Annual statistical returns and brief notes on vaccination in Bengal - 1887-1898
Year: 1887
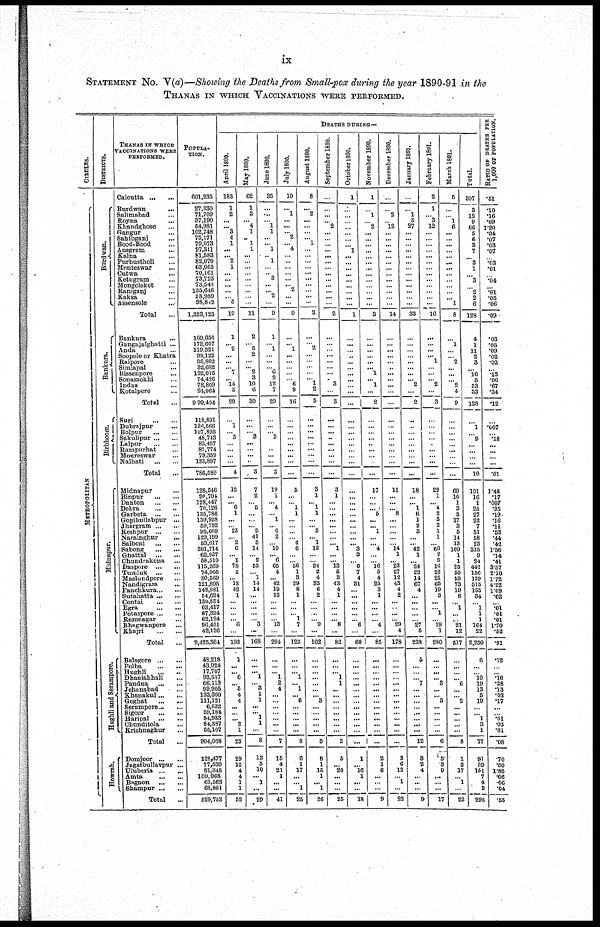
ix
STATEMENT No. V(a)—Showing the Deaths from Small-pox during the year 1890-91 in the
THANAS IN WHICH VACCINATIONS WERE PERFORMED.
CIRCLES.
METROPOLITAN
DISTRICTS.
Burdwan.
Bankura.
Birbhoom.
Midnapur.
Hughli and Serampore.
Howrah.
THANAS IN WHICH
VACCINATIONS WERE
PERFORMED.
Calcutta ... ...
Burdwan
...
Salimabad ...
Royna ...
Khandghose ...
Gangur ...
Sahibganj ...
Bood-Bood ...
Ausgram
...
Kalna ...
Purbustholi ...
Monteswar ...
Cutwa
...
Ketugram ...
Mongolekot ...
Raniganj ...
Kaksa ...
Assensole ...
Total ...
Bankura ...
Gangajalghatti ...
Anda ...
Soopole or Khatra
Raipore ...
Simlapal ...
Bissenpore
...
Sonamokhi ...
Indas ...
Kotalpore ...
Total ...
Suri
...
...
Dubrajpur ...
Bolpur
...
...
Sakulipur ... ...
Lalpur
...
...
Rampurhat ...
Moureswar ...
Nalhati
...
...
Total ...
Midnapur ...
Binpur
...
...
Danton
...
...
Debra
...
...
Garbeta
...
...
Gopibullabpur ...
Jhargram ... ...
Keshpur ... ...
Narainghur
...
Salboni ... ...
Sabong
...
...
Ghattal
...
...
Chundrakona ...
Daspore
...
...
Tumluk
...
...
Maslundpore ...
Nandigram ...
Panchkura ... ...
Sutahatta ... ...
Contai
...
...
Egra
...
...
Potaspore ... ...
Ramnagar ...
Bhagwanpore ...
Khajri
...
...
Total ...
Balngore ... ...
Polba
...
...
Hughli
...
...
Dhaniakhali ...
Pandua
...
...
Jehanabad ...
Khanakul ... ...
Goghat
...
...
Serampore ... ...
Sigoor
...
...
Haripal
...
...
Chunditola ...
Krishnaghur ...
Total
...
Domjoor ... ...
Jagatbullavpur ...
Uiuberia ... ...
Amta
...
...
Bagnon
...
...
Shampur ... ...
Total
...
POPULA¬
TION.
601,235
27,830
71,709
97,190
54,981
102,748
75,171
79,073
97,311
81,583
82,070
63,063
70,161
73,723
73,043
134,646
38,989
98,842
1,323,123
109,656
172,607
119,321
99,122
96,802
32,682
122,015
74,426
78,809
94,964
9 99,404
118,891
126,666
107,893
48,743
83,457
87,774
79,359
133,897
786,580
128,546
90,704
128,447
70,126
136,786
139,928
59,782
95,609
129,199
53,617
201,714
62,967
58,510
115,269
74,005
80,569
121,895
142,081
54,624
130,554
63,417
87,324
62,124
96,451
42,126
2,425,364
48,218
43,924
17,707
93,537
66,113
99,905
133,300
111,121
6,032
59,184
84,933
84,387
55,107
904,068
128,477
77,539
81,345
109,968
63,563
68,861
529,763
DEATHS DURING—
April 1890.
183
1
2
...
... 3
4
1
...
... 2
1
...
...
...
...
... 5
19
1
... 2
...
...
... 7
... 14
5
29
...
1
... 3
...
...
...
...
4
12
...
... 6
1
...
... 23
... 2
6
... 1
78
2
... 13
42
1
...
...
...
... 6
...
193
1
...
... 6
... 5
4
4
...
...
... 2
1
23
29
18
4
4
1
1
52
May 1890.
62
1
3
... 4
1
... 1
1
...
...
...
...
...
...
...
...
...
11
2
... 5
2
...
... 2
8
10
6
80
...
...
... 3
...
...
...
...
3
7
2
... 5
...
...
... 9
41
3
14
... 2
53
... 1
14
14
...
...
...
...
... 8
...
168
...
...
... 1
... 3
1
1
...
... 1
1
...
8
13
5
10
... 1
...
29
June 1890.
35
...
...
... 1
1
...
... 1
... 1
...
... 3
...
... 2
...
9
1
... 1
...
...
... 6
2
12
7
29
...
...
... 3
...
...
...
...
3
19
1
... 4
... 1
... 6
2
... 10
... 6
65
4
... 42
19
12
...
...
...
... 13
...
204
...
...
... 1
2
4
...
...
...
...
...
...
...
7
15
4
21
1
...
...
41
July 1890.
10
...
1
...
...
... 2
... 4
...
...
...
...
...
...
...
...
...
9
...
... 1
...
...
...
...
... 6
9
16
...
...
...
...
...
...
...
...
...
6
...
... 1
1
...
...
...
... 4
6
...
... 56
1
3
29
8
1
...
...
... 1
7
...
123
...
...
... 1
... 1
... 6
...
...
...
...
...
8
6
1
17
...
... 1
25
August 1890.
8
...
2
...
...
...
... 1
...
...
...
...
...
...
...
...
...
...
3
...
...
...
...
...
...
...
... 1
...
5
...
...
...
...
...
...
...
...
...
3
1
... 1
1
...
... 3
... 1
12
...
... 24
2
4
33
6
2
...
...
...
... 9
...
102
...
...
...
...
...
... ... 3
...
...
...
...
...
3
8
1
15
1
... 1
26
September 1890.
...
...
...
... 2
...
...
...
...
...
...
...
...
...
...
...
...
...
2
...
...
...
...
...
...
...
... 3
...
3
...
...
...
...
...
...
...
...
...
3
1
...
...
...
...
...
...
...
... 1
...
... 13
5
3
43
4
1
...
...
...
... 8
...
82
...
...
... 1
1
...
...
...
...
...
...
...
...
2
5
... 20
...
...
...
25
October 1890.
1
...
...
...
...
...
...
... 1
...
...
...
...
...
...
...
...
...
1
...
...
...
...
...
...
...
...
...
...
...
...
...
...
...
...
...
...
...
...
...
...
...
...
...
...
...
...
...
... 3
3
... 6
7
4
31
...
...
...
...
...
... 6
...
60
...
...
...
...
...
...
...
...
...
...
...
...
...
...
1
... 16
1
...
...
18
November 1890.
1
...
1
... 2
...
...
...
...
...
...
...
...
...
...
...
...
...
3
...
...
...
...
...
... 1
... 1
...
2
...
...
...
...
...
...
...
...
...
17
...
...
... 5
...
... 1
...
... 4
...
... 16
5
4
25
3
1
...
... ...
... 4
...
85
...
...
...
...
... ...
...
...
...
...
...
...
...
...
2
1
6
...
...
...
9
December 1890.
...
...
2
... 12
...
...
...
...
...
...
...
...
...
...
...
...
...
14
...
... ...
...
...
...
...
...
...
...
...
...
...
...
...
...
...
...
...
...
11
...
...
... 8
...
...
...
...
... 14
1
... 23
27
12
43
4
2
...
... ...
... 29
4
178
...
...
...
... ...
...
... ...
...
...
...
...
...
...
3
6
12
... 1
...
22
January 1891.
...
...
1
5
27
...
...
...
...
...
...
...
...
...
...
...
...
...
33
...
...
...
...
...
...
...
... 2
...
2
...
...
...
...
...
...
...
...
...
18
...
...
1
6
1
2
3
...
... 42
1
... 24
23
14
67
4
...
...
...
...
... 27
5
238
5
...
...
... 7
...
...
...
...
...
...
...
...
12
3
2
4
...
...
...
9
February 1891.
2
1
... 3
12
...
...
...
...
...
...
...
...
...
...
...
...
...
10
...
...
...
... 1
...
...
... 2
...
3
...
...
...
...
...
...
...
...
...
29
1
... 4
2
3
2
1
1
... 60
2
8
16
22
21
65
19
3
...
...
1
... 19
1
280
...
...
...
... 8
...
... 3
...
...
...
...
...
6
5
8
9
...
...
...
17
March 1891.
5
...
... 1
6
...
...
...
...
...
...
...
...
...
...
...
... 1
8
...
1
...
... 2
...
...
... 2
4
9
...
...
... ...
...
...
...
...
...
69
10
1
3
8
17
3
5
14
13
109
1
1
25
50
59
73
19
8
... 1
...
... 21
12
517
...
...
...
... 6
...
... 2
...
...
...
...
...
8
1
3
17
... 1
...
22
Total.
307
3
12
9
66
5
6
3 7
... 3
1
... 3
... 2
2
6
128
4
1
11
2
3
... 16
5
53
33
128
...
1
... 9
...
...
...
...
10
191
16
1
25
27
22
7
51
58
23
315
9
24
442
156
139
515
155
34
... 1
1
1
164
22
2,230
6
...
... 10
19
13
5
19
...
... 1
3
1
77
91
39
151
7
4
3
295
RATIO OF DEATHS PER
1,000 OF POPULATION.
.51
.10
.16
.09
1.20
.04
.07
.03
.07
... .03
.01
... .04
... .01
.05
.06
.09
.03
.05
.09
.02
.03
... .12
.06
.67
.34
.12
...
.007
... .18
...
...
...
...
.01
1.48
.17
.007
.35
.19
.16
.11
.53
.44
.42
1.56
.14
.41
3.57
2.10
1.72
4.22
1.09
.62
... .01
.01
.01
1.70
.52
.91
.12
...
... .10
.28
.13
.03
.17
...
... .01
.03
.01
.08
.70
.50
1.85
.06
.06
.04
.55